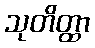
သုတိတ္ထာ